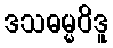
ဒသဓမ္မဝိဒူ